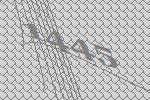
1445